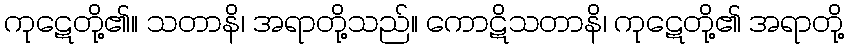
ကုဋေတို့၏။ သတာနိ၊ အရာတို့သည်။ ကောဋိသတာနိ၊ ကုဋေတို့၏ အရာတို့